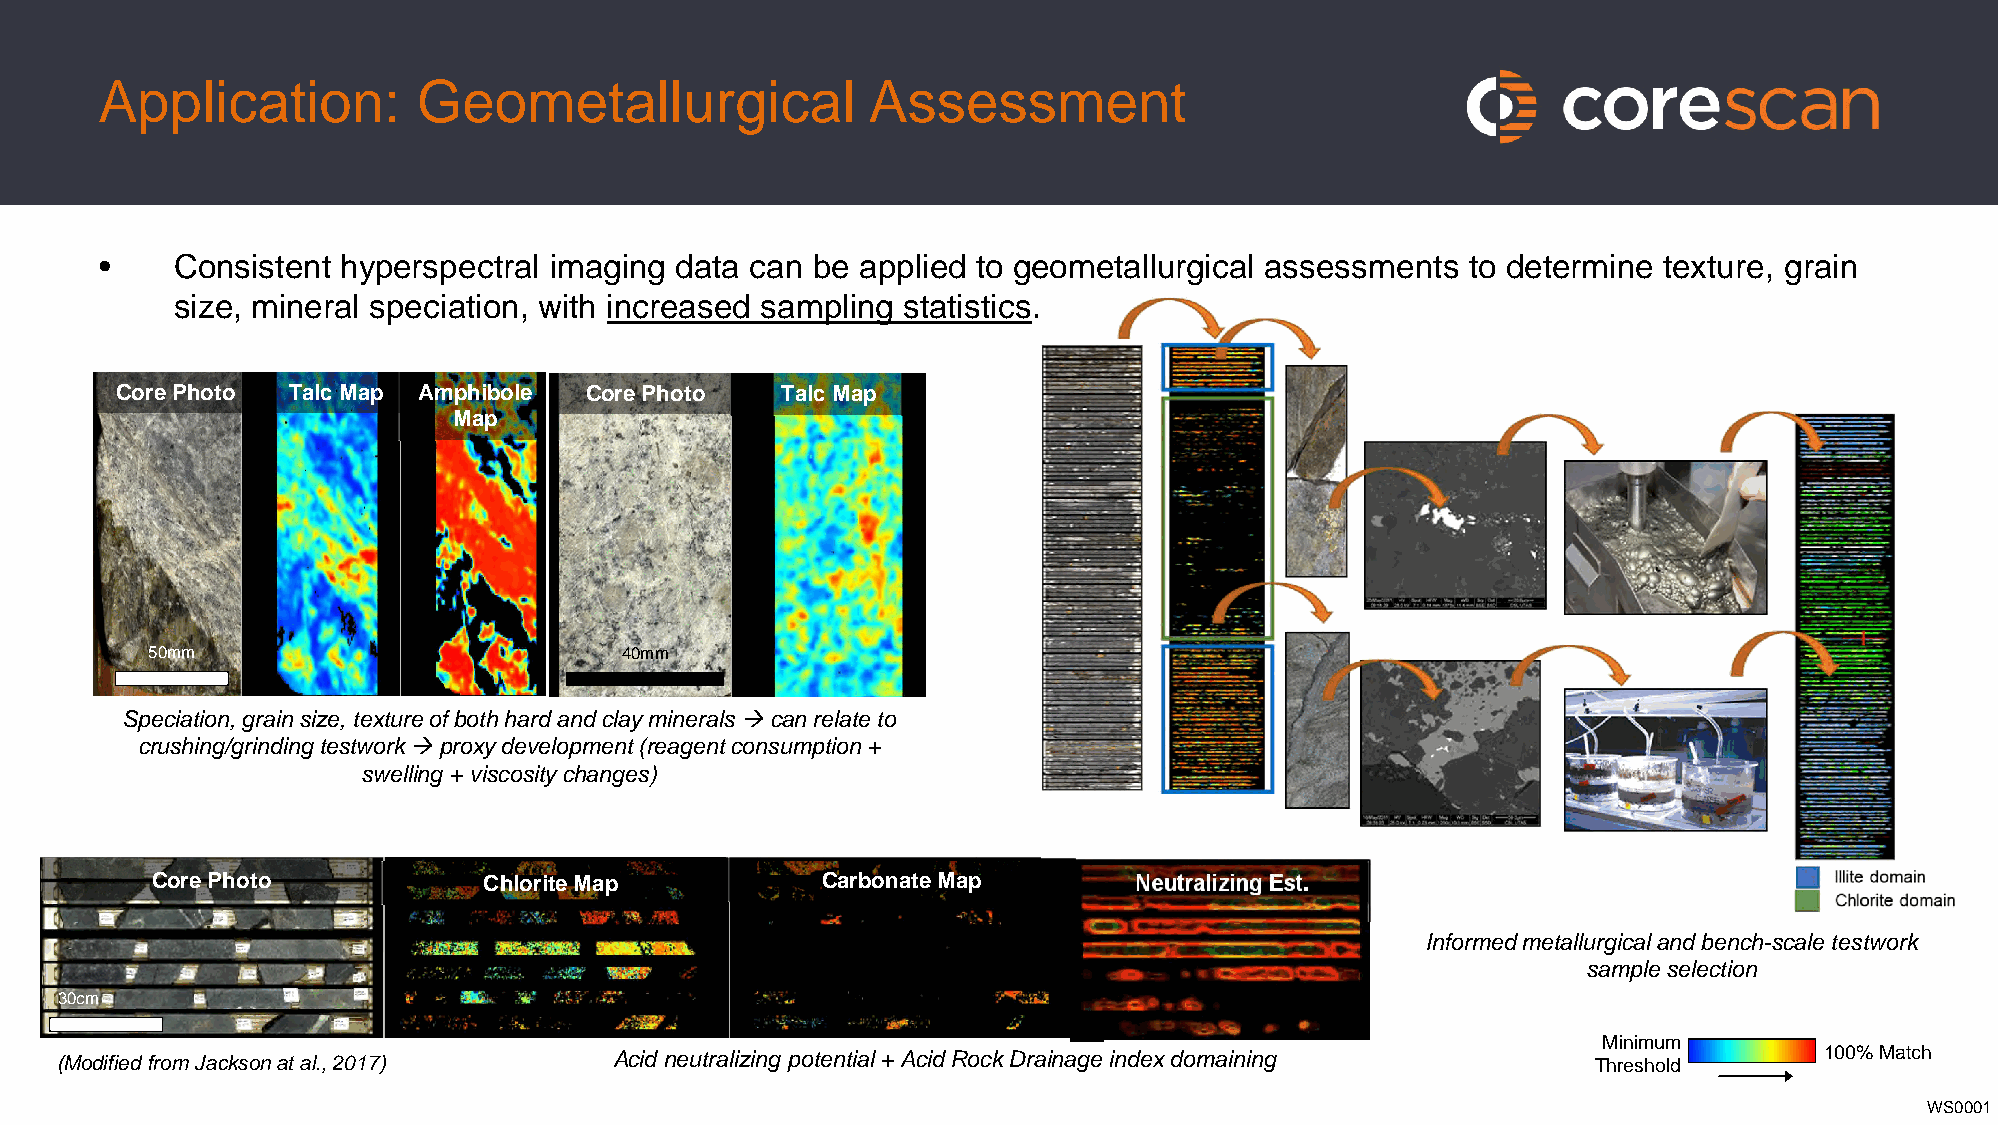
Application:         Geometallurgical              Assessment
 •   Consistent  hyperspectral imaging data can be applied to geometallurgical assessments to determine texture, grain
 size, mineral speciation, with increased sampling statistics.
 Core Photo Talc Map Amphibole  Core Photo   Talc Map
 Map
 50mm                           40mm
 Speciation, grain size, texture of both hard and clay mineralscan relate to
 crushing/grinding testworkproxy development(reagent consumption +
 swelling + viscosity changes)
 Core Photo            Chlorite Map          Carbonate Map        Neutralizing Est.
 50mm
 Informed metallurgical and bench-scale testwork
 sample selection
 30cm
 Minimum
 (Modified from Jackson at al., 2017) Acid neutralizing potential + Acid Rock Drainage index domaining Threshold      100% Match
 WS0001